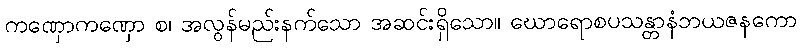
ကဏှောကဏှော စ၊ အလွန်မည်းနက်သော အဆင်းရှိသော။ ဃောရောစပသန္တာနံဘယဇနကော